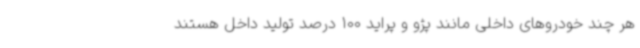
هر چند خودروهای داخلی مانند پژو و پراید 100 درصد تولید داخل هستند